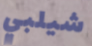
شيلبي